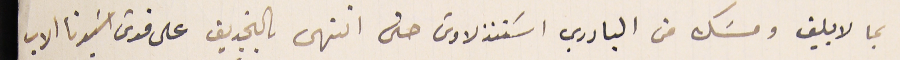
بما لا يليق ومسَك من البادري اسَتنذلاوسَ حتى انتهى بالتجديف على قدسَ اسَيدنا الاب